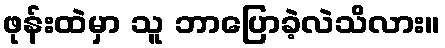
ဖုန်းထဲမှာ သူ ဘာပြောခဲ့လဲသိလား။